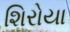
શિરોયા